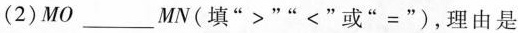
(2)$$MO___MV$$(填”>””<”或”=”)，理由是